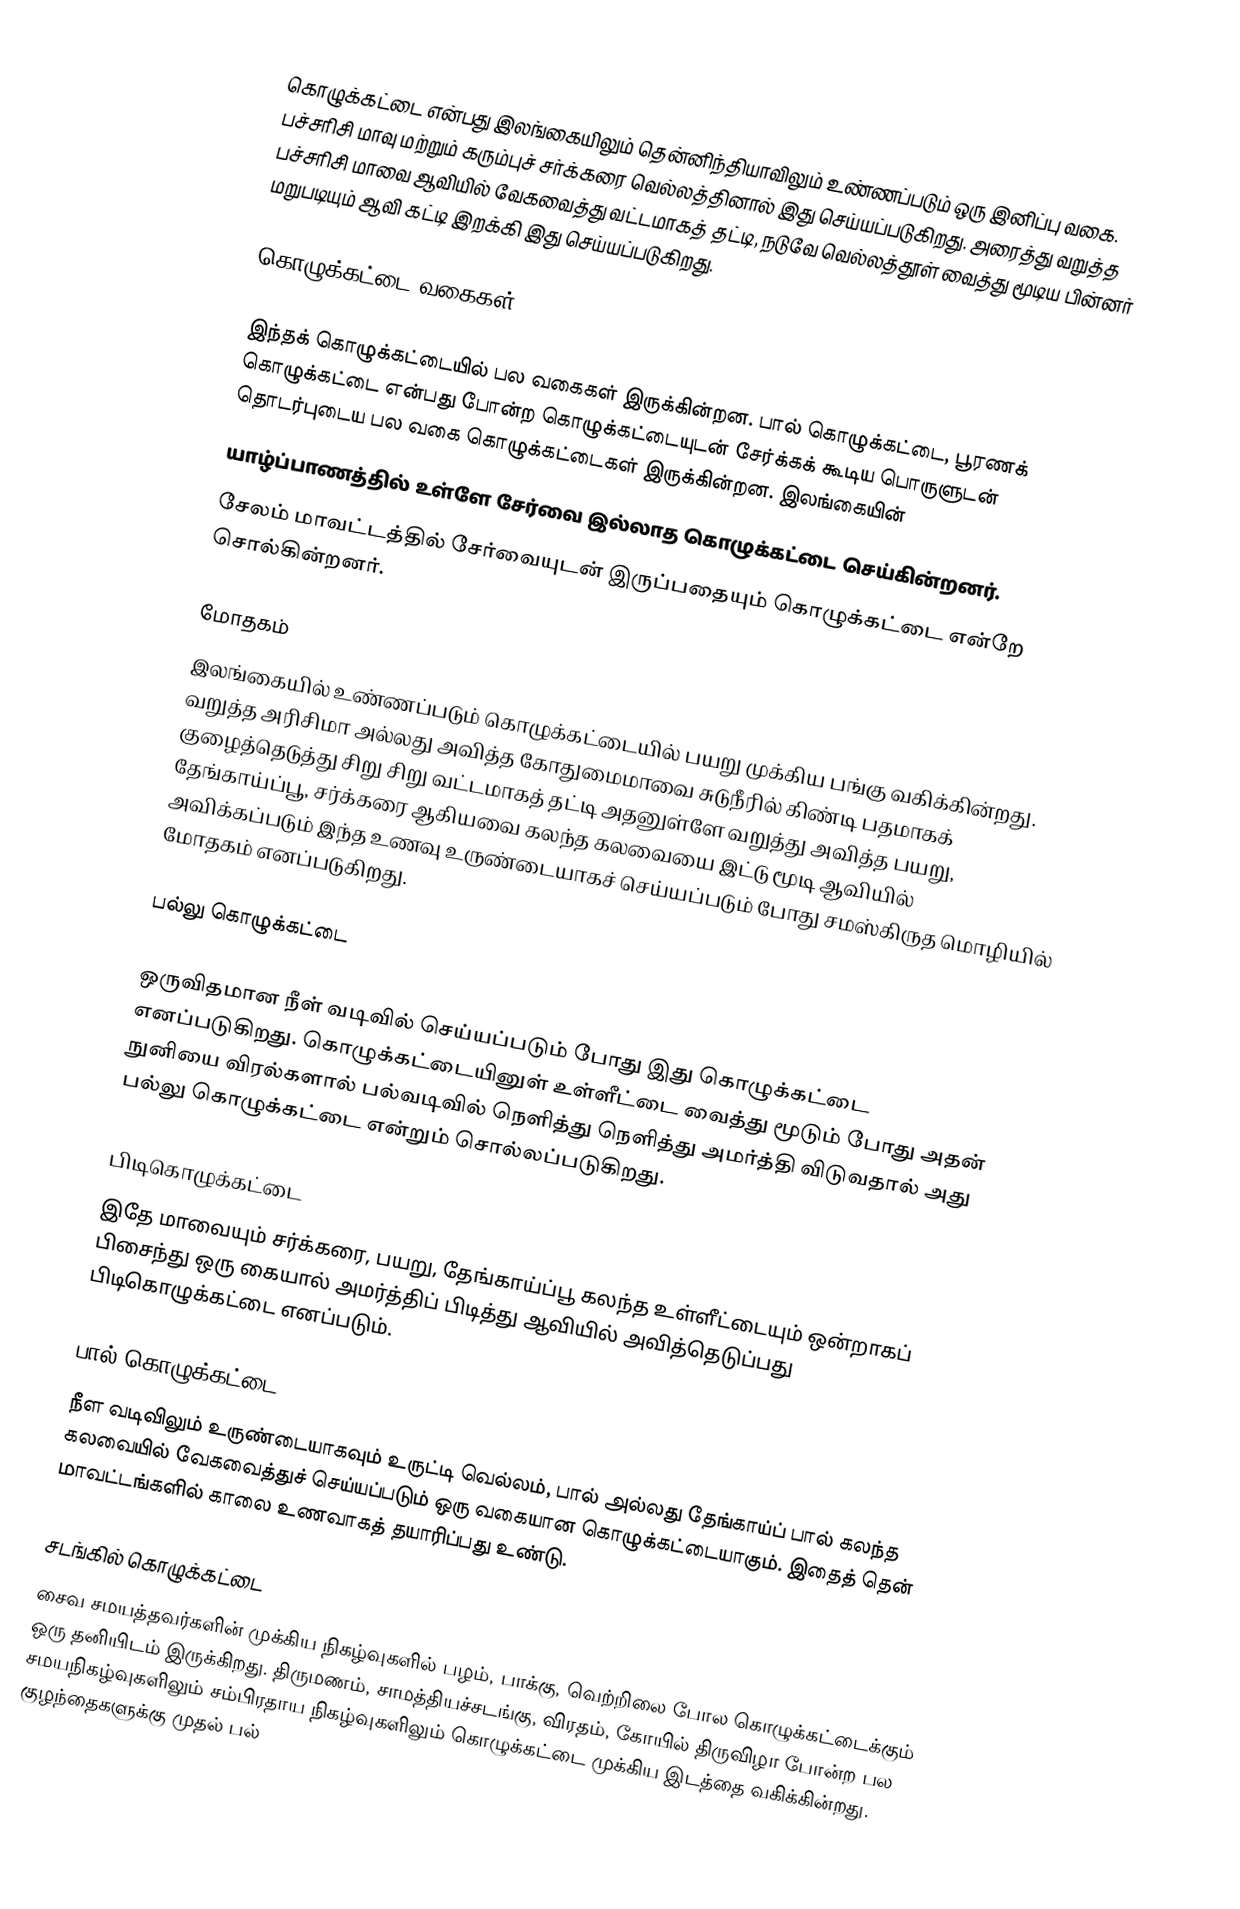
கொழுக்கட்டை என்பது இலங்கையிலும் தென்னிந்தியாவிலும் உண்ணப்படும் ஒரு இனிப்பு வகை. பச்சரிசி மாவு மற்றும் கரும்புச் சர்க்கரை வெல்லத்தினால் இது செய்யப்படுகிறது. அரைத்து வறுத்த பச்சரிசி மாவை ஆவியில் வேகவைத்து வட்டமாகத் தட்டி, நடுவே வெல்லத்தூள் வைத்து மூடிய பின்னர் மறுபடியும் ஆவி கட்டி இறக்கி இது செய்யப்படுகிறது.

கொழுக்கட்டை வகைகள்

இந்தக் கொழுக்கட்டையில் பல வகைகள் இருக்கின்றன. பால் கொழுக்கட்டை, பூரணக் கொழுக்கட்டை என்பது போன்ற கொழுக்கட்டையுடன் சேர்க்கக் கூடிய பொருளுடன் தொடர்புடைய பல வகை கொழுக்கட்டைகள் இருக்கின்றன. இலங்கையின்
யாழ்ப்பாணத்தில் உள்ளே சேர்வை இல்லாத கொழுக்கட்டை செய்கின்றனர்.
சேலம் மாவட்டத்தில் சேர்வையுடன் இருப்பதையும் கொழுக்கட்டை என்றே சொல்கின்றனர்.

மோதகம்
இலங்கையில் உண்ணப்படும் கொழுக்கட்டையில் பயறு முக்கிய பங்கு வகிக்கின்றது. வறுத்த அரிசிமா அல்லது அவித்த கோதுமைமாவை சுடுநீரில் கிண்டி பதமாகக் குழைத்தெடுத்து சிறு சிறு வட்டமாகத் தட்டி அதனுள்ளே வறுத்து அவித்த பயறு, தேங்காய்ப்பூ, சர்க்கரை ஆகியவை கலந்த கலவையை இட்டு மூடி ஆவியில் அவிக்கப்படும் இந்த உணவு உருண்டையாகச் செய்யப்படும் போது சமஸ்கிருத மொழியில் மோதகம் எனப்படுகிறது.

பல்லு கொழுக்கட்டை

ஒருவிதமான நீள் வடிவில் செய்யப்படும் போது இது கொழுக்கட்டை எனப்படுகிறது. கொழுக்கட்டையினுள் உள்ளீட்டை வைத்து மூடும் போது அதன் நுனியை விரல்களால் பல்வடிவில் நெளித்து நெளித்து அமர்த்தி விடுவதால் அது பல்லு கொழுக்கட்டை என்றும் சொல்லப்படுகிறது.

பிடிகொழுக்கட்டை
இதே மாவையும் சர்க்கரை, பயறு, தேங்காய்ப்பூ கலந்த உள்ளீட்டையும் ஒன்றாகப் பிசைந்து ஒரு கையால் அமர்த்திப் பிடித்து ஆவியில் அவித்தெடுப்பது பிடிகொழுக்கட்டை எனப்படும்.

பால் கொழுக்கட்டை
நீள வடிவிலும் உருண்டையாகவும் உருட்டி வெல்லம், பால் அல்லது தேங்காய்ப் பால் கலந்த கலவையில் வேகவைத்துச் செய்யப்படும் ஒரு வகையான கொழுக்கட்டையாகும். இதைத் தென் மாவட்டங்களில் காலை உணவாகத் தயாரிப்பது உண்டு.

சடங்கில் கொழுக்கட்டை
சைவ சமயத்தவர்களின் முக்கிய நிகழ்வுகளில் பழம், பாக்கு, வெற்றிலை போல கொழுக்கட்டைக்கும் ஒரு தனியிடம் இருக்கிறது. திருமணம், சாமத்தியச்சடங்கு, விரதம், கோயில் திருவிழா போன்ற பல சமயநிகழ்வுகளிலும் சம்பிரதாய நிகழ்வுகளிலும் கொழுக்கட்டை முக்கிய இடத்தை வகிக்கின்றது. குழந்தைகளுக்கு முதல் பல்